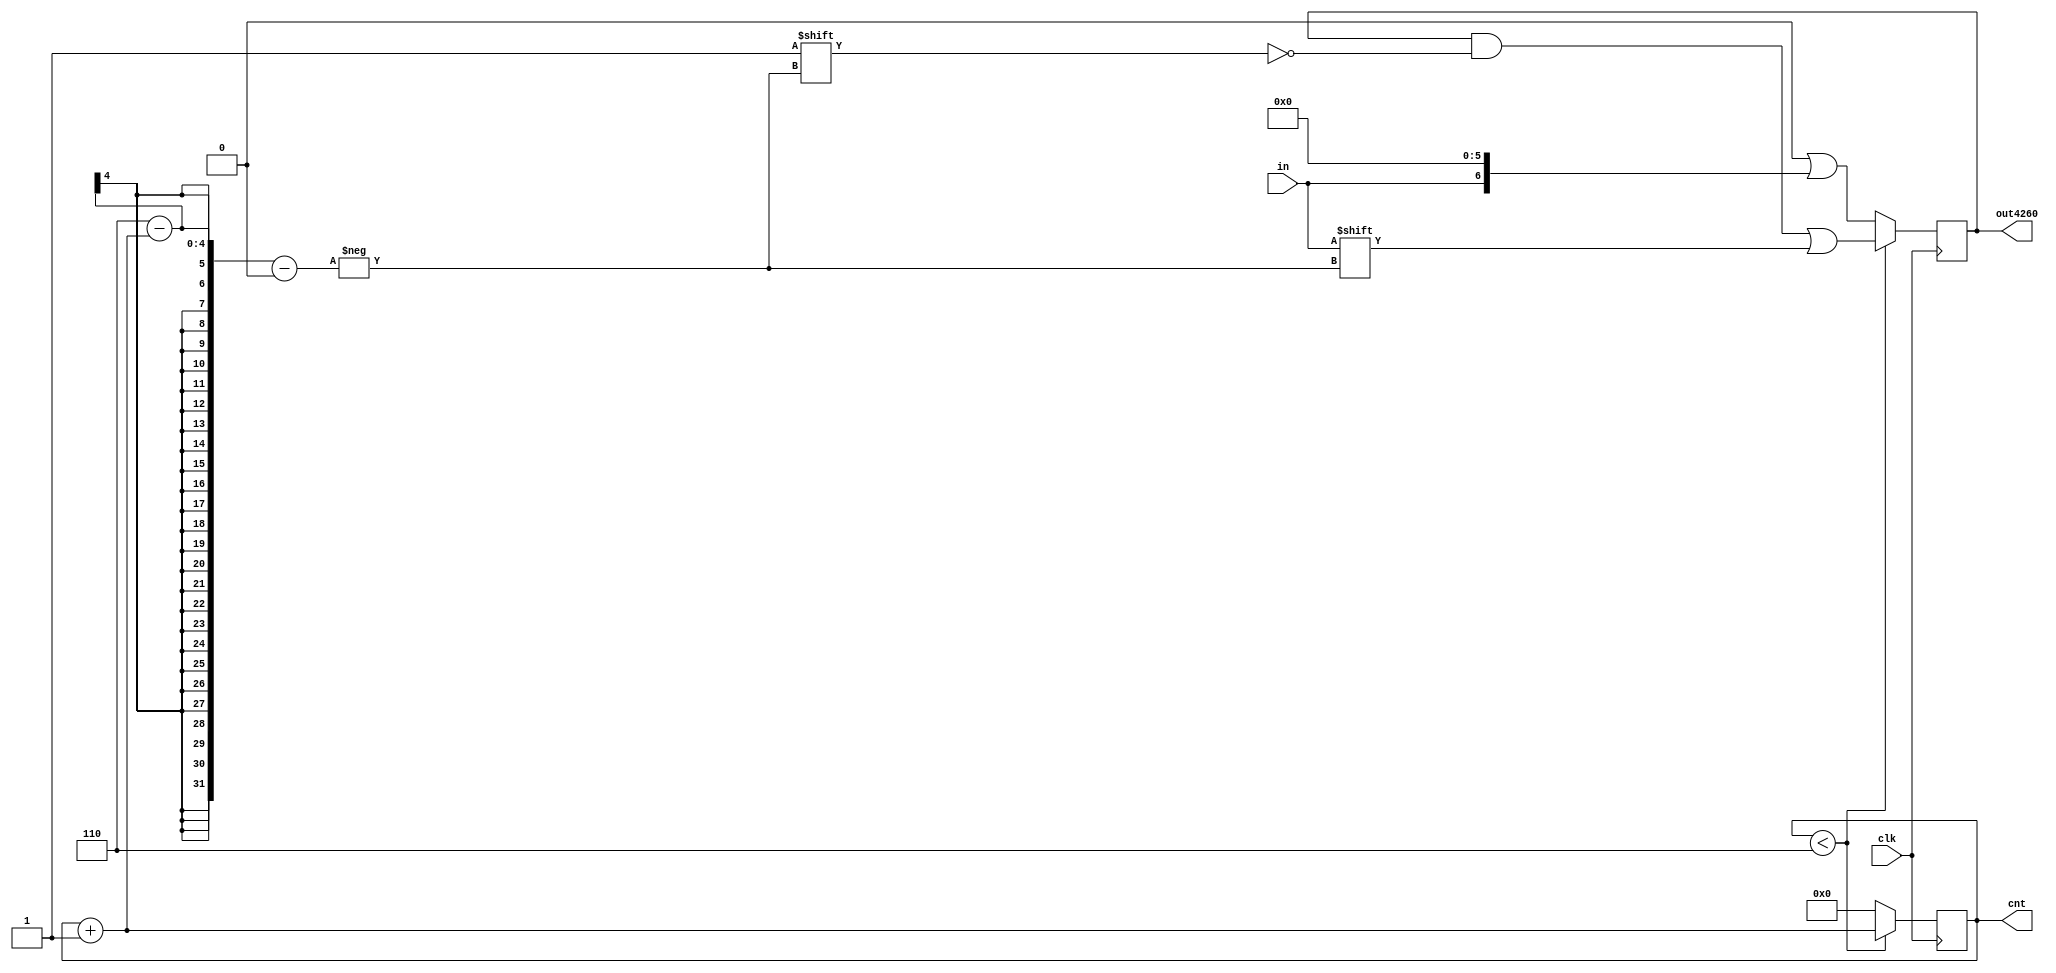
module b2a(in, clk, cnt, out4260);
    input in, clk;
    output reg [6:0] out4260;
    output reg [3:0] cnt;

    always @(posedge clk) begin
        if(cnt < 6) begin
            cnt = cnt + 1;
            out4260[6-cnt] = in;
        end
        else begin
            cnt = 0;
            out4260 = 0;
            out4260[6-cnt] = in;
        end

    end 
endmodule